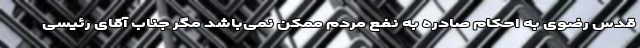
قدس رضوی به احکام صادره به نفع مردم ممکن نمی‌باشد مگر جناب آقای رئیسی